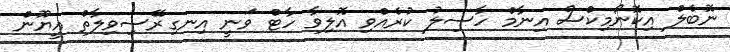
ނޮބެލް އިކޮނޯމިކްސް އިނާމް ހާސިލު ކުރެއްވި އޮލިވާ ހާޓް ވަނީ އިނގިރޭސިވިލާތް އީޔޫން